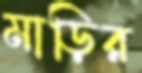
মাড়ির